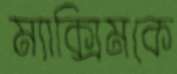
ম্যাক্সিমকে